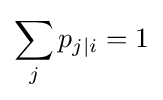
\sum _{j}p_{j\mid i}=1